Investigations on Bengal jail dietaries - Number 37
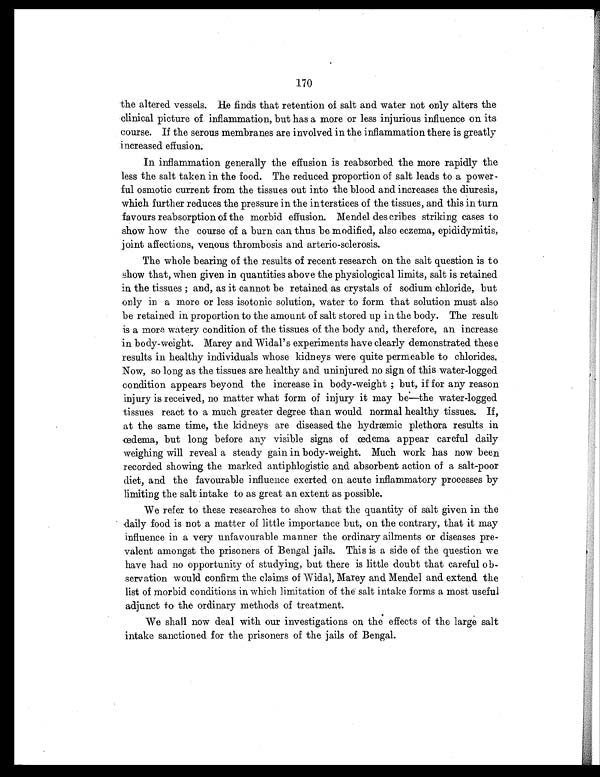
170
the altered vessels. He finds that retention of salt and water not only alters the
clinical picture of inflammation, but has a more or less injurious influence on its
course. If the serous membranes are involved in the inflammation there is greatly
increased effusion.
In inflammation generally the effusion is reabsorbed the more rapidly the
less the salt taken in the food. The reduced proportion of salt leads to a power-
ful osmotic current from the tissues out into the blood and increases the diuresis,
which further reduces the pressure in the interstices of the tissues, and this in turn
favours reabsorption of the morbid effusion. Mendel des cribes striking cases to
show how the course of a burn can, thus be modified, also eczema, epididymitis,
joint affections, venous thrombosis and arterio-sclerosis.
The whole bearing of the results of recent research on the salt question is to
show that, when given in quantities above the physiological limits, salt is retained
in the tissues ; and, as it cannot be retained as crystals of sodium chloride, but
only in a more or less isotonic solution, water to form that solution must also
be retained in proportion to the amount of salt stored up in the body. The result
is a more watery condition of the tissues of the body and, therefore, an increase
in body-weight. Marey and Widal's experiments have clearly demonstrated these
results in healthy individuals whose kidneys were quite permeable to chlorides.
Now, so long as the tissues are healthy and uninjured no sign of this water-logged
condition appears beyond the increase in body-weight ; but, if for any reason
injury is received, no matter what form of injury it may be—the water-logged
tissues react to a much greater degree than would normal healthy tissues. If,
at the same time, the kidneys are diseased the hydræmic plethora results in
œdema, but long before any visible signs of œdema appear careful daily
weighing will reveal a steady gain in body-weight. Much work has now been
recorded showing the marked antiphlogistic and absorbent action of a salt-poor
diet, and the favourable influence exerted on acute inflammatory processes by
limiting the salt intake to as great an extent as possible.
We refer to these researches to show that the quantity of salt given in the
daily food is not a matter of little importance but, on the contrary, that it may
influence in a very unfavourable manner the ordinary ailments or diseases pre-
valent amongst the prisoners of Bengal jails. This is a side of the question we
have had no opportunity of studying, but there is little doubt that careful ob-
servation would confirm the claims of Widal, Marey and Mendel and extend the
list of morbid conditions in which limitation of the salt intake forms a most useful
adjunct to the ordinary methods of treatment.
We shall now deal with our investigations on the effects of the large salt
intake sanctioned for the prisoners of the jails of Bengal.